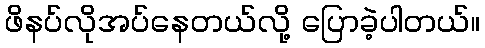
ဖိနပ်လိုအပ်နေတယ်လို့ ပြောခဲ့ပါတယ်။